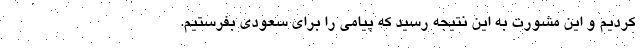
كرديم و اين مشورت به اين نتيجه رسيد كه پيامي را براي سعودي بفرستيم.